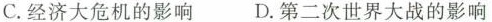
C.经济大危机的影响 D.第二次世界大战的影响